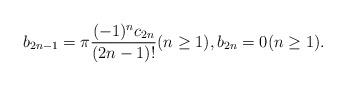
LaTeX: \begin{align*} b_{2n - 1} = \pi {(-1)^n c_{2n} \over (2n - 1)!} (n \ge 1), b_{2n} = 0 (n \ge 1). \end{align*}